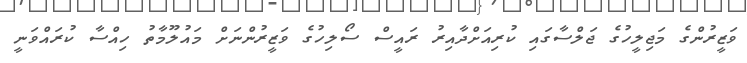
ވަޒީރުންގެ މަޖިލީހުގެ ޖަލްސާގައި ކުރިއަށްދާއިރު ރައީސް ސޯލިހުގެ ވަޒީރުންނަށް މައުލޫމާތު ހިއްސާ ކުރައްވަނީ